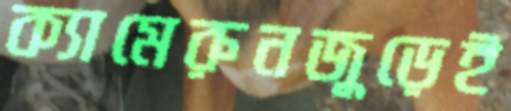
ক্যামেরুনজুড়েই